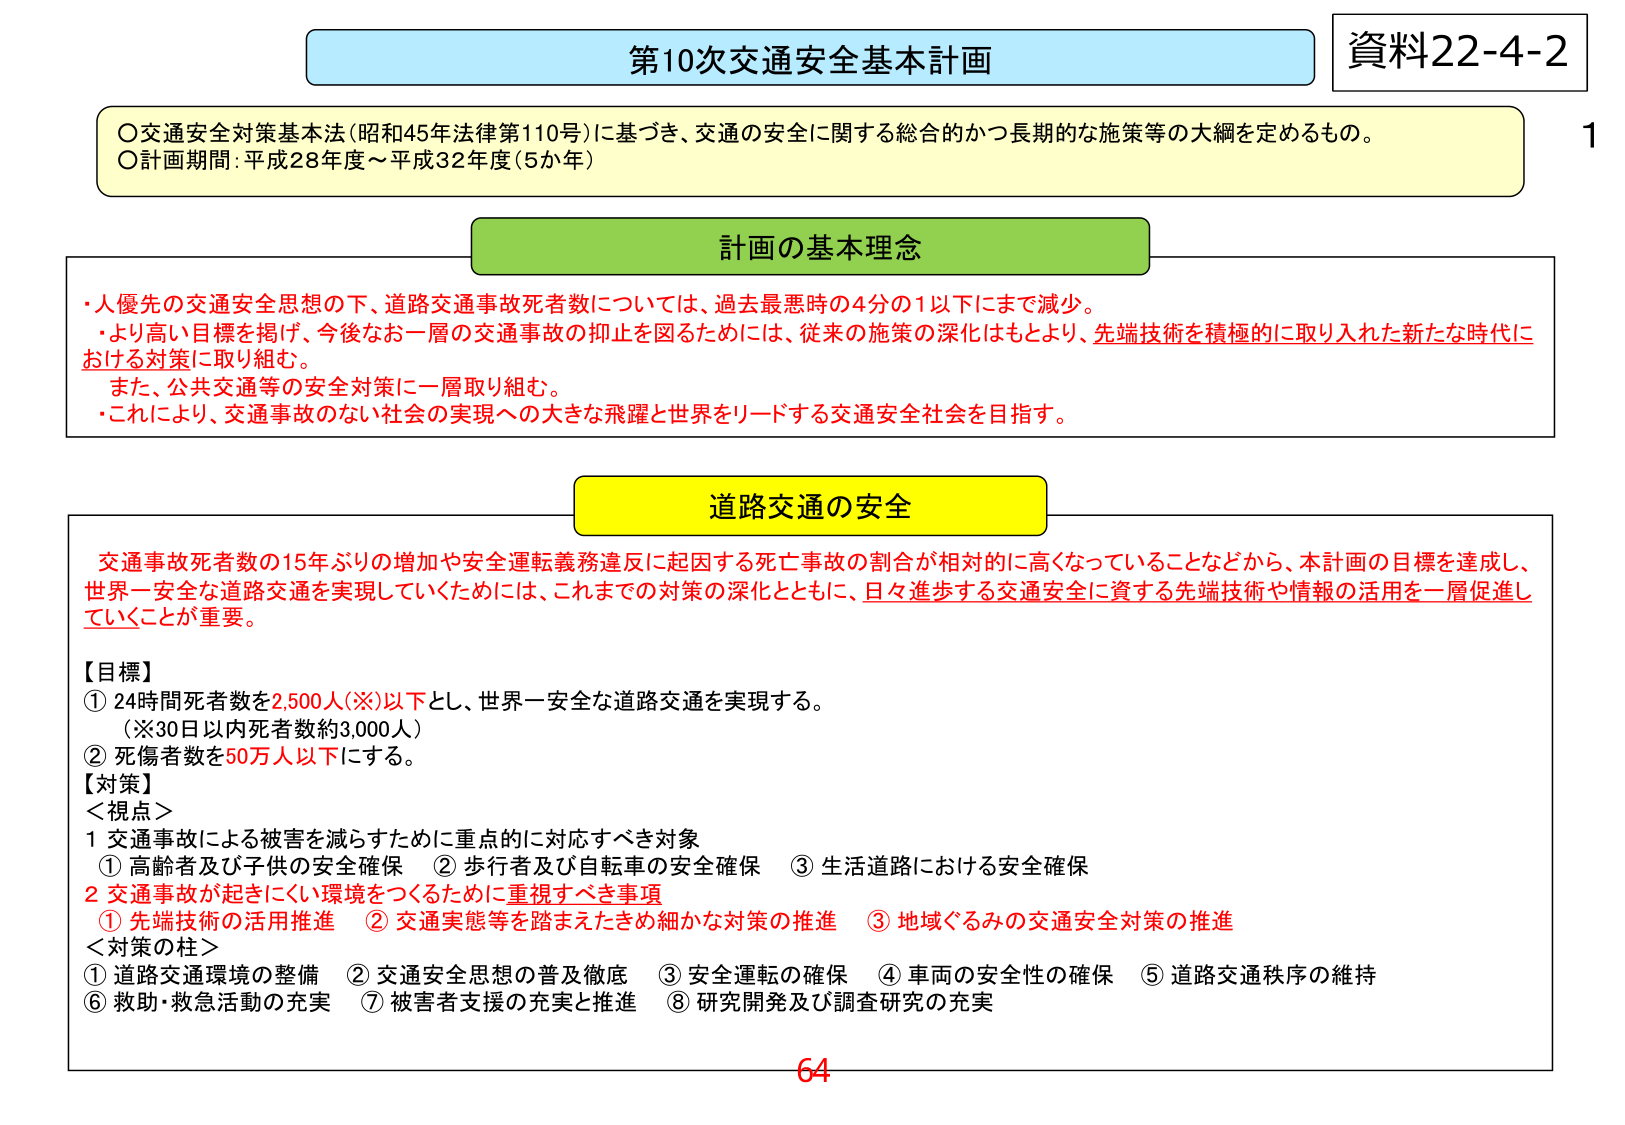
第10次交通安全基本計画
資料22-4-2

○交通安全対策基本法（昭和45年法律第110号）に基づき、交通の安全に関する総合的かつ長期的な施策等の大綱を定めるもの。
○計画期間：平成28年度～平成32年度（5か年）

計画の基本理念
・人優先の交通安全思想の下、道路交通事故死者数については、過去最悪時の4分の1以下にまで減少。
・より高い目標を掲げ、今後なお一層の交通事故の抑止を図るためには、従来の施策の深化はもとより、先端技術を積極的に取り入れた新たな時代における対策に取り組む。
また、公共交通等の安全対策に一層取り組む。
・これにより、交通事故のない社会の実現への大きな飛躍と世界をリードする交通安全社会を目指す。

道路交通の安全
交通事故死者数の15年ぶりの増加や安全運転義務違反に起因する死亡事故の割合が相対的に高くなっていることなどから、本計画の目標を達成し、世界一安全な道路交通を実現していくためには、これまでの対策の深化とともに、日々進歩する交通安全に資する先端技術や情報の活用を一層促進していくことが重要。

【目標】
① 24時間死者数を2,500人（※）以下とし、世界一安全な道路交通を実現する。
（※30日以内死者数約3,000人）
② 死傷者数を50万人以下にする。

【対策】
＜視点＞
1 交通事故による被害を減らすために重点的に対応すべき対象
　① 高齢者及び子供の安全確保　② 歩行者及び自転車の安全確保　③ 生活道路における安全確保
2 交通事故が起きにくい環境をつくるために重視すべき事項
　① 先端技術の活用推進　② 交通実態等を踏まえたきめ細かな対策の推進　③ 地域ぐるみの交通安全対策の推進

＜対策の柱＞
① 道路交通環境の整備　② 交通安全思想の普及徹底　③ 安全運転の確保　④ 車両の安全性の確保　⑤ 道路交通秩序の維持
⑥ 救助・救急活動の充実　⑦ 被害者支援の充実と推進　⑧ 研究開発及び調査研究の充実

64